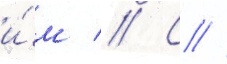
и́м // С //